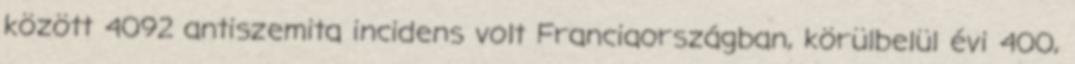
között 4092 antiszemita incidens volt Franciaországban, körülbelül évi 400,